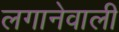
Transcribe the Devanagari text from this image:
लगानेवाली